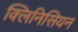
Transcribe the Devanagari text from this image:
क्लिनिसियन